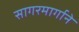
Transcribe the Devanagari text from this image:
सागरमार्गाने